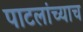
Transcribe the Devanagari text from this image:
पाटलांच्याच